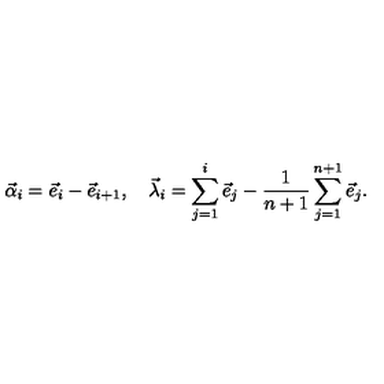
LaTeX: \vec { \alpha } _ { i } = \vec { e } _ { i } - \vec { e } _ { i + 1 } , \quad \vec { \lambda } _ { i } = \sum _ { j = 1 } ^ { i } \vec { e } _ { j } - { \frac { 1 } { n + 1 } } \sum _ { j = 1 } ^ { n + 1 } \vec { e } _ { j } .